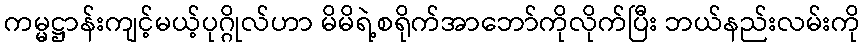
ကမ္မဋ္ဌာန်းကျင့်မယ့်ပုဂ္ဂိုလ်ဟာ မိမိရဲ့စရိုက်အာဘော်ကိုလိုက်ပြီး ဘယ်နည်းလမ်းကို